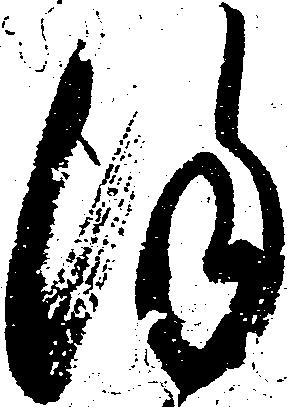
謹